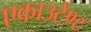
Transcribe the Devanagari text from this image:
एकाउटेंण्ट